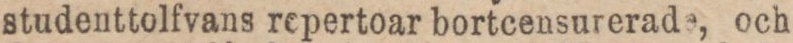
studenttolfvans repertoar bortcensurerade, och